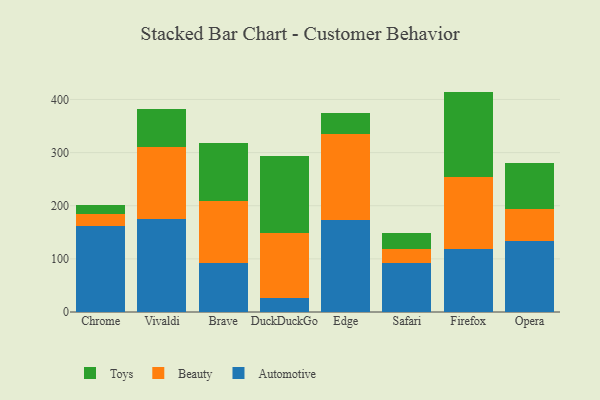
{"axis": {"x": "Browser", "y": "Bounce Rate (%)"}, "legend": ["Automotive", "Beauty", "Toys"], "data": [{"x": "Chrome", "y": 162.2, "type": "Automotive"}, {"x": "Chrome", "y": 21.9, "type": "Beauty"}, {"x": "Chrome", "y": 18.1, "type": "Toys"}, {"x": "Vivaldi", "y": 175.0, "type": "Automotive"}, {"x": "Vivaldi", "y": 135.3, "type": "Beauty"}, {"x": "Vivaldi", "y": 72.4, "type": "Toys"}, {"x": "Brave", "y": 92.0, "type": "Automotive"}, {"x": "Brave", "y": 116.5, "type": "Beauty"}, {"x": "Brave", "y": 109.5, "type": "Toys"}, {"x": "DuckDuckGo", "y": 26.0, "type": "Automotive"}, {"x": "DuckDuckGo", "y": 122.9, "type": "Beauty"}, {"x": "DuckDuckGo", "y": 144.5, "type": "Toys"}, {"x": "Edge", "y": 172.9, "type": "Automotive"}, {"x": "Edge", "y": 162.2, "type": "Beauty"}, {"x": "Edge", "y": 39.8, "type": "Toys"}, {"x": "Safari", "y": 92.2, "type": "Automotive"}, {"x": "Safari", "y": 26.1, "type": "Beauty"}, {"x": "Safari", "y": 29.5, "type": "Toys"}, {"x": "Firefox", "y": 118.7, "type": "Automotive"}, {"x": "Firefox", "y": 135.4, "type": "Beauty"}, {"x": "Firefox", "y": 160.7, "type": "Toys"}, {"x": "Opera", "y": 133.0, "type": "Automotive"}, {"x": "Opera", "y": 60.4, "type": "Beauty"}, {"x": "Opera", "y": 86.9, "type": "Toys"}]}